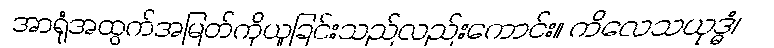
အာရုံအထွက်အမြတ်ကိုယူခြင်းသည်လည်းကောင်း။ ကိလေသယုဒ္ဓံ၊